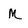
Character: M